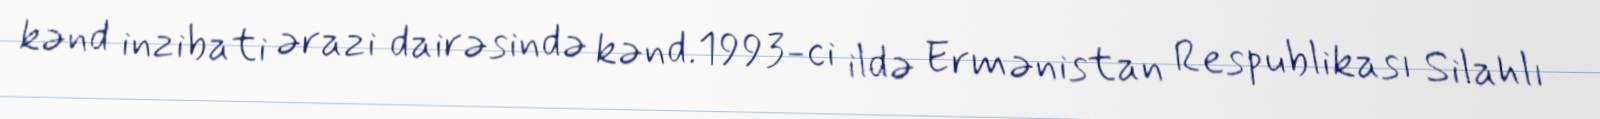
kənd inzibati ərazi dairəsində kənd.1993-ci ildə Ermənistan Respublikası Silahlı